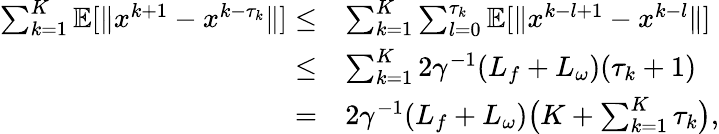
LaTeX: \begin{array}{rl}{\sum_{k=1}^{K}\mathbb{E}[\| x^{k+1}-x^{k-\tau_{k}}\| ]\leq}&{\sum_{k=1}^{K}\sum_{l=0}^{\tau_{k}}\mathbb{E}[\| x^{k-l+1}-x^{k-l}\| ]}\\ {\leq}&{\sum_{k=1}^{K}2\gamma^{-1}(L_{f}+L_{\omega})(\tau_{k}+1)}\\ {=}&{2\gamma^{-1}(L_{f}+L_{\omega})\big(K+\sum_{k=1}^{K}\tau_{k}\big),}\end{array}